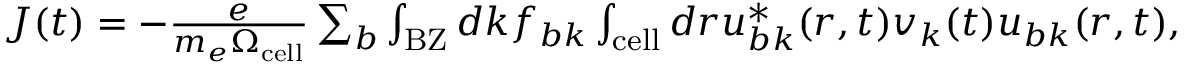
\begin{array} { r } { \boldsymbol J ( t ) = - \frac { e } { m _ { e } \Omega _ { \mathrm { c e l l } } } \sum _ { b } \int _ { \mathrm { B Z } } d \boldsymbol k f _ { b \boldsymbol k } \int _ { \mathrm { c e l l } } d \boldsymbol r u _ { b \boldsymbol k } ^ { * } ( \boldsymbol r , t ) \boldsymbol v _ { \boldsymbol k } ( t ) u _ { b \boldsymbol k } ( \boldsymbol r , t ) , } \end{array}